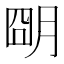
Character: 朙